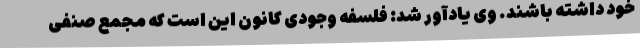
خود داشته باشند. وی یادآور شد: فلسفه وجودی کانون این است که مجمع صنفی